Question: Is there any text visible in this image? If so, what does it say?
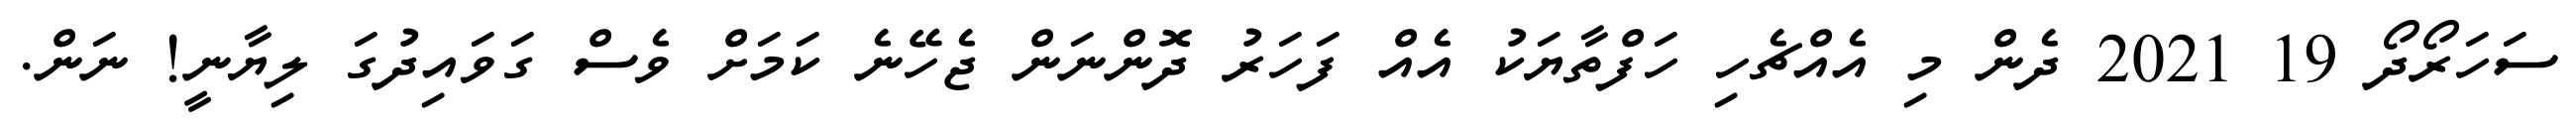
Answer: ސަހަރޯދޯ 19 2021 ދެން މި އެއްޗެހި ހަފްތާޔަކު އެއް ފަހަރު ދޮންނަން ޖެހޭނެ ކަމަށް ވެސް ގަވައިދުގަ ލިޔާނީ! ނަން.